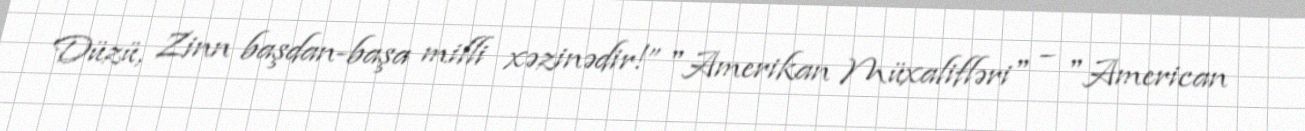
Düzü, Zinn başdan-başa milli xəzinədir!” "Amerikan Müxalifləri" – "American